Medical and sanitary report of the native army of Madras for the year
Year: 1876
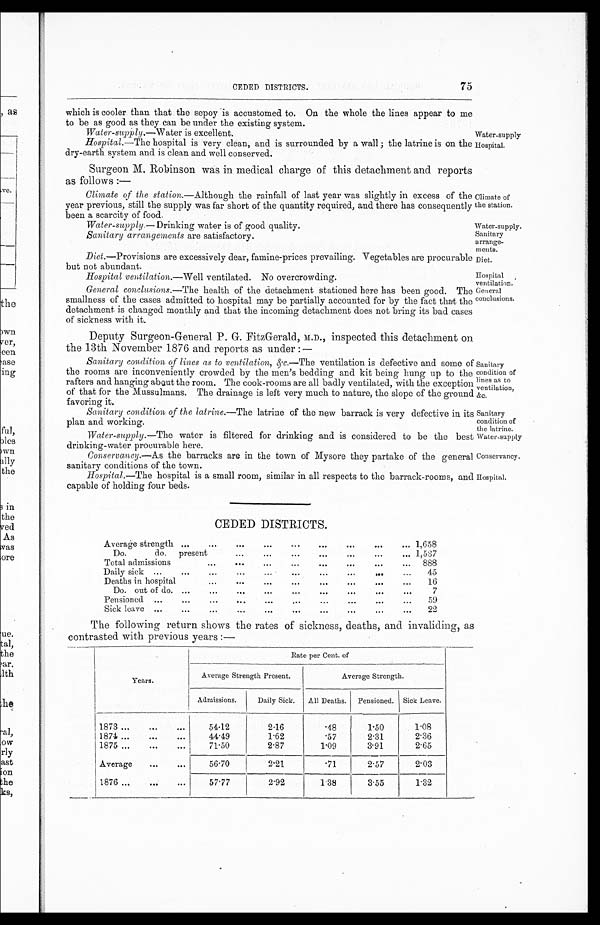
Water-supply
Hospital.
Water-supply.— Drinking water is of good quality.
Sanitary arrangements are satisfactory.
Water-supply.
Sanitary
arrange-
ments.
Diet.
Hospital
ventilation.
General
conclusions.
Sanitary
condition of
lines as to
ventilation,
&c.
Sanitary
condition of
the latrine.
Water-supply
Conservancy.
CEDED DISTRICTS.
75
which is cooler than that the sepoy is accustomed to. On the whole the lines appear to me
to be as good as they can be under the existing system.
Water-supply.—Water is excellent.
Hospital.—The hospital is very clean, and is surrounded by a wall ; the latrine is on the
dry-earth system and is clean and well conserved.
Surgeon M. Robinson was in medical charge of this detachment and reports
as follows :—
Climate of the station .—Although the rainfall of last year was slightly in excess of the
year previous, still the supply was far short of the quantity required, and there has consequently
been a scarcity of food.
Climate of
the station.
Diet.—Provisions are excessively dear, famine-prices prevailing. Vegetables are procurable
but not abundant.
Hospital ventilation.—Well ventilated. No overcrowding.
General conclusions.—The health of the detachment stationed here has been good. The
smallness of the cases admitted to hospital may be partially accounted for by the fact than the
detachment is changed monthly and that the incoming detachment does not bring its bad cases
of sickness with it.
Deputy Surgeon-General P. G. FitzGerald, M.D., inspected this detachment on
the 13th November 1876 and reports as under:—
Sanitary condition of lines as to ventilation, &c.—The ventilation is defective and some of
the rooms are inconveniently crowded by the men's bedding and kit being hung up to the
rafters and hanging about the room. The cook-rooms are all badly ventilated, with the exception
of that for the Mussulmans. The drainage is left very much to nature, the slope of the ground &c
favoring it.
Sanitary condition of the latrine.—The latrine of the new barrack is very defective in its
plan and working.
Water-supply.—The water is filtered for drinking and is considered to be the best
drinking-water procurable here.
Conservancy.—As the barracks are in the town of Mysore they partake of the general
sanitary conditions of the town.
Hospital.—The hospital is a small room, similar in all respects to the barrack-rooms, and Hospital.
capable of holding four beds.
CEDED DISTRICTS.
Average strength ...
...
...
...
...
...
... 1,658
Do.
do. present
...
...
...
...
...
...
... 1 , 5 3 7
Total admissions
...
...
...
...
...
...
... 888
Daily sick ...
...
.
...
...
...
...
...
...
. . .
45
Deaths in hospital
...
...
...
...
...
...
...
...
16
Do. out of do. ..
...
...
...
...
...
...
7
Pensioned. ...
...
...
..
.
. . .
. . .
. . .
. . .
. . . .
. . . 59
Sick leave
2 2
The following return shows the rates of sickness, deaths, and invaliding, as
contrasted with previous years :—
Years.
Rate per Cent. of
Average Strength Present.
Average Strength.
Admissions.
Daily Sick. All Deaths. Pensioned. Sick Leave.
1873 ...
...
...
5412
2.16
.48
1.50
1 . 0 8
1874 ...
...
...
44.49
1.62
.57
2.31
2.36
1875 ...
...
71.50
2.87
1.09
3.91
2.65
Average
...
...
56.70
2 . 2 1
.71
2.57
2 . 0 3
1876 ...
...
...
57.77
2.92
1.38
3.55
1.32